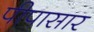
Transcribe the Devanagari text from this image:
पीपासार